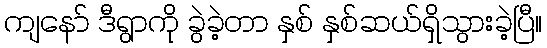
ကျနော် ဒီရွာကို ခွဲခဲ့တာ နှစ် နှစ်ဆယ်ရှိသွားခဲ့ပြီ။